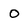
Character: o